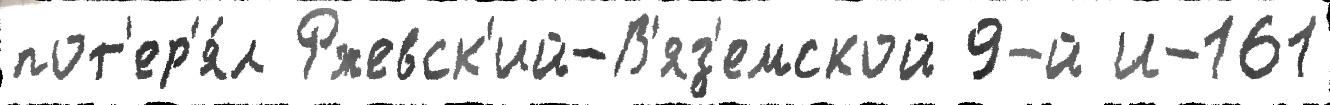
пот'ер'я́л Ржевск'ий-В'яз'емской 9-й И-161